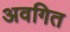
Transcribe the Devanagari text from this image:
अवगित